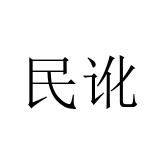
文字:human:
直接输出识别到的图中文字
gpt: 民讹